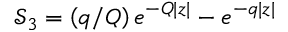
\mathcal { S } _ { 3 } = \left( q / Q \right) e ^ { - Q | z | } - e ^ { - q | z | }